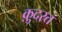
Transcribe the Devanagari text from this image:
क़़ुदरत